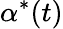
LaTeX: \alpha^{*}(t)